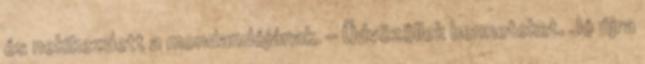
és nekikezdett a mondandójának. - Üdvözöllek benneteket. Jó újra